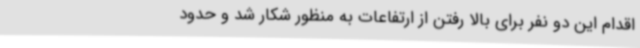
اقدام این دو نفر برای بالا رفتن از ارتفاعات به‌ منظور شکار شد و حدود